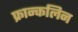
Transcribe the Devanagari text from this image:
फ्रान्कलिन